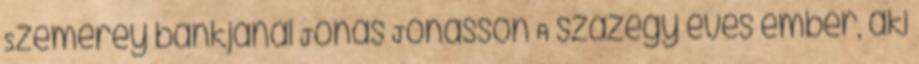
Szemerey bankjánál Jonas Jonasson A százegy éves ember, aki